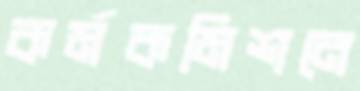
কর্মকমিশনে